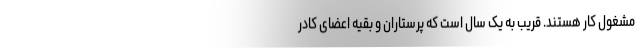
مشغول کار هستند. قریب به یک سال است که پرستاران و بقیه اعضای کادر